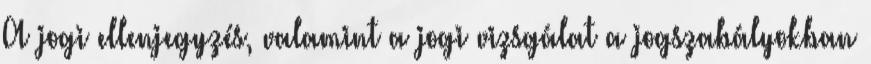
A jogi ellenjegyzés, valamint a jogi vizsgálat a jogszabályokban